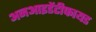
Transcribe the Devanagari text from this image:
अनआइडेंटीफायड